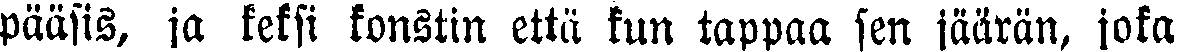
pääsis, ja keksi konstin että kun tappaa sen jäärän, joka